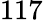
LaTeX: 117